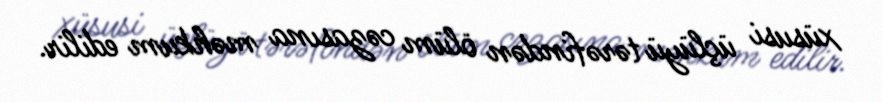
xüsusi üçlüyü tərəfindən ölüm cəzasına məhkum edilir.